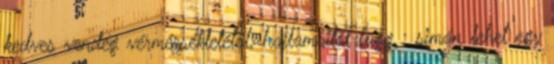
kedves vendég vérmérsékletétől, hajlamaitól függ : simán lehet egy